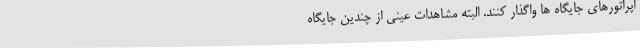
اپراتورهای جایگاه ها واگذار کنند. البته مشاهدات عینی از چندین جایگاه